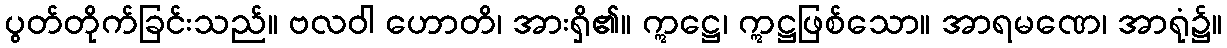
ပွတ်တိုက်ခြင်းသည်။ ဗလဝါ ဟောတိ၊ အားရှိ၏။ ဣဋ္ဌေ၊ ဣဋ္ဌဖြစ်သော။ အာရမဏေ၊ အာရုံ၌။